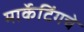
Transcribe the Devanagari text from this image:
मार्केटिंगचे